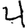
Digit: 4